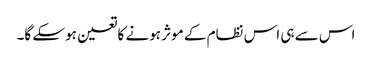
اس سے ہی اس نظام کے موثر ہونے کا تعین ہوسکے گا۔